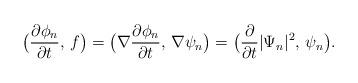
LaTeX: \begin{align*}\big(\frac{\partial\phi_{n} }{\partial t},\, f\big) = \big(\nabla \frac{\partial\phi_{n} }{\partial t},\, \nabla \psi_{n}\big) = \big(\frac{\partial }{\partial t}|\Psi_{n}|^{2}, \, \psi_{n}\big).\end{align*}